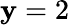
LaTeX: \mathbf{y}=2